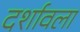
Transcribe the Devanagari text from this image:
दर्शावला